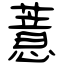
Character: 薏